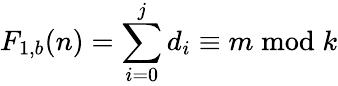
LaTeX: F_{1,b}(n)=\sum_{i=0}^{j}d_{i}\equiv m{\bmod{k}}